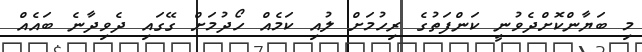
މި ބަޔާންކޮށްދެވުނީ ކަންފަތުގެ ރިހުމަށް ލުއި ކަމެއް ހޯދުމަށް ގޭގައި ދެވިދާނެ ބައެއް